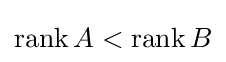
\operatorname {rank} A<\operatorname {rank} B